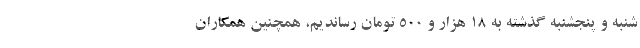
شنبه و پنجشنبه گذشته به ۱۸ هزار و ۵۰۰ تومان رساندیم، همچنین همکاران